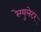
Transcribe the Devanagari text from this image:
रेग्युलेटर